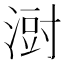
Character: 㴻